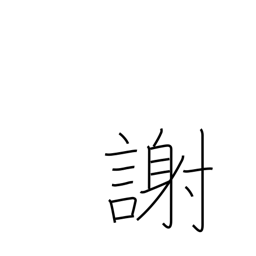
Meaning: thank